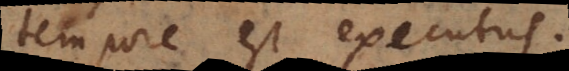
tempore est executus.